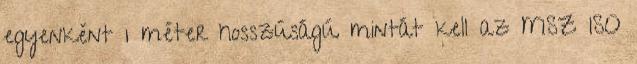
egyenként 1 méter hosszúságú mintát kell az MSZ ISO